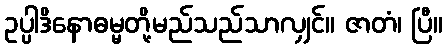
ဥပ္ပါဒိနောဓမ္မတို့မည်သည်သာလျှင်။ ဇာတံ၊ ပြီ။